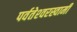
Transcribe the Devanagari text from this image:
पर्वतेश्‍वरस्वामी